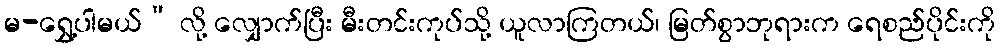
မ-ရွှေ့ပါမယ်” လို့ လျှောက်ပြီး မီးတင်းကုပ်သို့ ယူလာကြတယ်၊ မြတ်စွာဘုရားက ရေစည်ပိုင်းကို